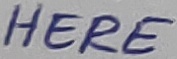
Text: HERE